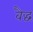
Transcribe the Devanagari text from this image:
वैद्ध